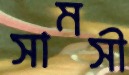
সামসী